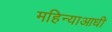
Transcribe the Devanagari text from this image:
महिन्याआधी